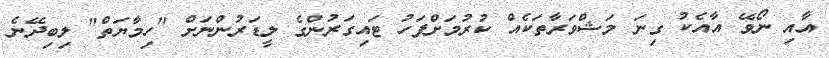
އާއި ނޯވޭ އާއެކު ގިނަ މަޝްވަރާތަކެއް ކުރުމަށްފަހު ޓައިގަރުންގެ ލީޑަރުންނަށް "ހިމާޔަތް" ލިބިދޭނެ